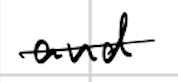
Text: and
Cross-out: mix
Writing tool: digital_black